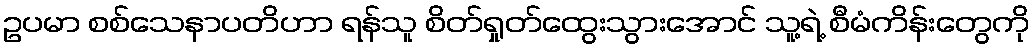
ဥပမာ စစ်သေနာပတိဟာ ရန်သူ စိတ်ရှုတ်ထွေးသွားအောင် သူ့ရဲ့ စီမံကိန်းတွေကို